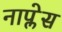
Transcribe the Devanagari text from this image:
नाप्लेस